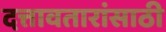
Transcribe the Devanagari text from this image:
दत्तावतारांसाठी